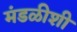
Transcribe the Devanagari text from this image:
मंडळीशी